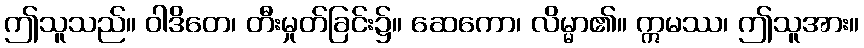
ဤသူသည်။ ဝါဒိတေ၊ တီးမှုတ်ခြင်း၌။ ဆေကော၊ လိမ္မာ၏။ ဣမဿ၊ ဤသူအား။